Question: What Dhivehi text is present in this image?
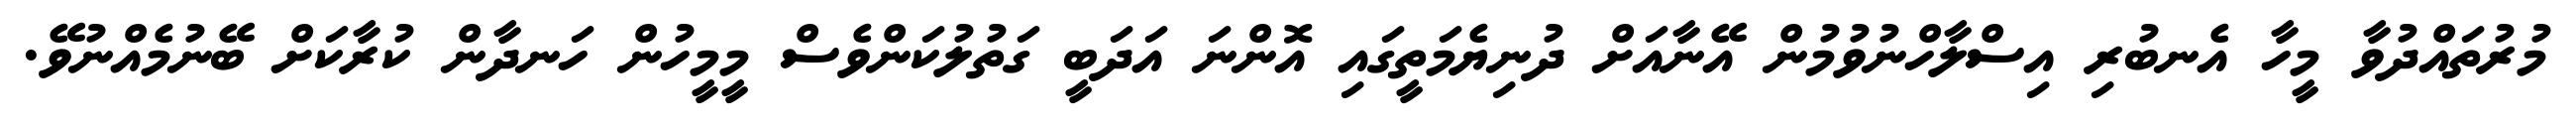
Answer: މުރުތައްދުވާ މީހާ އެނބުރި އިސްލާހްނުވުމުން އޭނާއަށް ދުނިޔެމަތީގައި އޮންނަ އަދަބީ ގަތުލުކަންވެސް މީމީހުން ހަނދާން ކުރާކަށް ބޭނުމެއްނުވޭ.